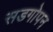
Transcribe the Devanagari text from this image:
सडगोपन